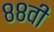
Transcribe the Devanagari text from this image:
८८वी